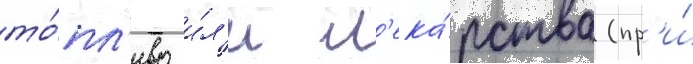
то́пл'иво и́л'и л'ека́рства (пр'и́